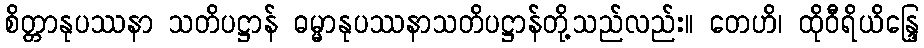
စိတ္တာနုပဿနာ သတိပဋ္ဌာန် ဓမ္မာနုပဿနာသတိပဋ္ဌာန်တို့သည်လည်း။ တေဟိ၊ ထိုဝီရိယိန္ဒြေ